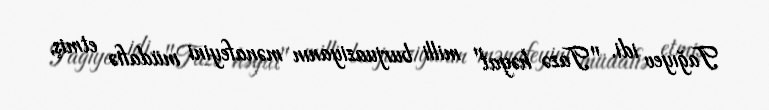
Tağıyev idi. "Tazə həyat" milli burjuaziyanın mənafeyini müdafiə etmiş,